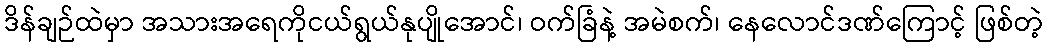
ဒိန်ချဉ်ထဲမှာ အသားအရေကိုငယ်ရွယ်နုပျိုအောင်၊ ဝက်ခြံနဲ့ အမဲစက်၊ နေလောင်ဒဏ်ကြောင့် ဖြစ်တဲ့